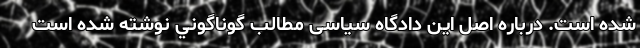
شده است. درباره اصل این دادگاه سیاسی مطالب گوناگوني نوشته شده است